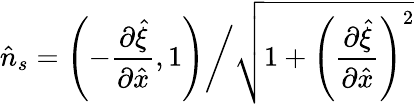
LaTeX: \hat{n}_{s}=\left(-\frac{\partial\hat{\xi}}{\partial\hat{x}},1\right)\bigg/\sqrt{1+\left(\frac{\partial\hat{\xi}}{\partial\hat{x}}\right)^{2}}